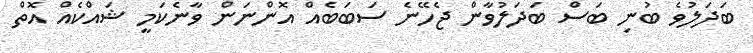
ބަދަލުވެ ބުނި ބަސް ބަދަލުވާން ޖެހޭނެ ސަބަބެއް އޮންނަން ވާނެކަމީ ޝައްކެއް އޮތް